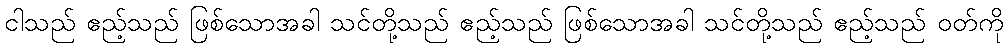
ငါသည် ဧည့်သည် ဖြစ်သောအခါ သင်တို့သည် ဧည့်သည် ဖြစ်သောအခါ သင်တို့သည် ဧည့်သည် ဝတ်ကို